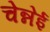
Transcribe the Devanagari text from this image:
चेन्नेई